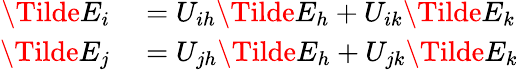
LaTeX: \begin{array}{rl}{\Tilde{E}_{i}}&{{}=U_{ih}\Tilde{E}_{h}+U_{ik}\Tilde{E}_{k}}\\ {\Tilde{E}_{j}}&{{}=U_{jh}\Tilde{E}_{h}+U_{jk}\Tilde{E}_{k}}\end{array}